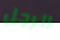
الرجل